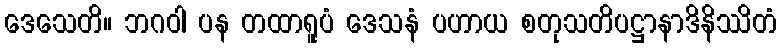
ဒေသေတိ။ ဘဂဝါ ပန တထာရူပံ ဒေသနံ ပဟာယ စတုသတိပဋ္ဌာနာဒိနိဿိတံ